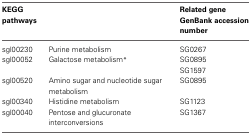
<table><thead><tr><td><b>KEGG</b></td><td></td><td><b>Related gene</b></td></tr><tr><td><b>pathways</b></td><td></td><td><b>GenBank accession</b></td></tr><tr><td></td><td></td><td><b>number</b></td></tr></thead><tbody><tr><td>sgl00230</td><td>Purine metabolism</td><td>SG0267</td></tr><tr><td>sgl00052</td><td>Galactose metabolism<sup>*</sup></td><td>SG0895</td></tr><tr><td></td><td></td><td>SG1597</td></tr><tr><td>sgl00520</td><td>Amino sugar and nucleotide sugar metabolism</td><td>SG0895</td></tr><tr><td>sgl00340</td><td>Histidine metabolism</td><td>SG1123</td></tr><tr><td>sgl00040</td><td>Pentose and glucuronate interconversions</td><td>SG1367</td></tr></tbody></table>